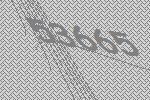
53665